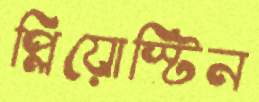
প্লিয়োস্টিন